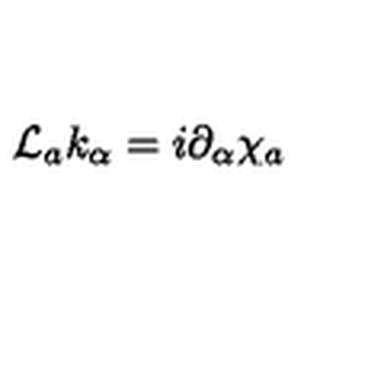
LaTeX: { \cal L } _ { a } k _ { \alpha } = i \partial _ { \alpha } \chi _ { a }